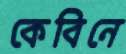
কেবিনে